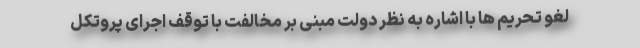
لغو تحریم ها با اشاره به نظر دولت مبنی بر مخالفت با توقف اجرای پروتکل